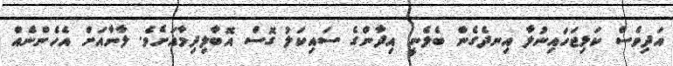
އަދިވެސް ކަޅިޖަހައިނުލާ އިނދެގެން ބެލެނީ އިދާންގެ ސައިކަލު ގޮސް އޮބާލިދިމާއަށެވެ. ލާނާއަށް އެހެންނެއް